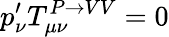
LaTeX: p_{\nu}^{\prime}T_{\mu\nu}^{P\rightarrow VV}=0